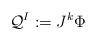
LaTeX: \begin{align*} {\cal Q}^I:= J^k \Phi\end{align*}